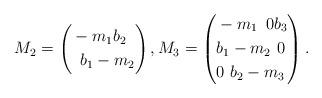
LaTeX: \begin{align*}M_2=\left(\begin{aligned}& -m_1 b_2 \\& \,\,\, b_1 -m_2\end{aligned}\right),M_3=\left(\begin{aligned}& -m_1 \,\,\, 0 b_3 \\& b_1 -m_2 \,\, 0 \\& 0 \,\, b_2 -m_3\end{aligned}\right).\end{align*}